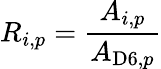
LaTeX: R_{i,p}=\frac{A_{i,p}}{A_{\mathrm{D6},{p}}}